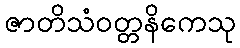
ဇာတိသံဝတ္တနိကေသု